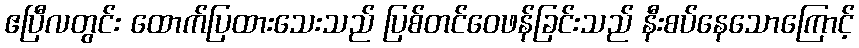
ဧပြီလတွင်း ထောက်ပြထားသေးသည် ပြစ်တင်ဝေဖန်ခြင်းသည် နီးစပ်နေသောကြောင့်